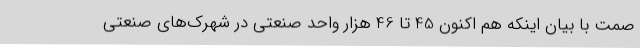
صمت با بیان اینکه هم اکنون 45 تا 46 هزار واحد صنعتی در شهرک‌های صنعتی